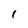
Character: l